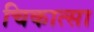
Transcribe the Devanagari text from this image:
चिकात्सा